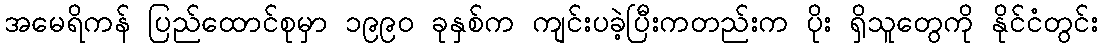
အမေရိကန် ပြည်ထောင်စုမှာ ၁၉၉၀ ခုနှစ်က ကျင်းပခဲ့ပြီးကတည်းက ပိုး ရှိသူတွေကို နိုင်ငံတွင်း